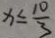
x \leq \frac { 1 0 } { 3 }